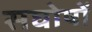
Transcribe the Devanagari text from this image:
सघोषों